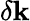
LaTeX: \delta\mathbf{k}